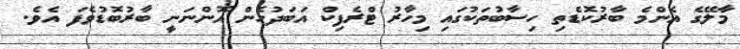
މާލޭގެ އެންމެ ބާރުކޮޑެތި ހިސާބުތަކުގައި މިހާރު ޓްރެފިކް އަބަދުހެން އޮންނަނީ ބާރުބޮޑުވެފަ އެވެ.